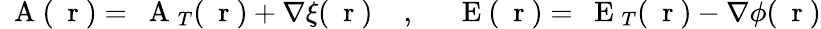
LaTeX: \mathrm{~\mathbf~A~}(\mathrm{~\mathbf~r~})=\mathrm{~\mathbf~A~}_{T}(\mathrm{~\mathbf~r~})+\nabla\xi(\mathrm{~\mathbf~r~})\; \; \; \; ,\; \; \; \; \mathrm{~\mathbf~E~}(\mathrm{~\mathbf~r~})=\mathrm{~\mathbf~E~}_{T}(\mathrm{~\mathbf~r~})-\nabla\phi(\mathrm{~\mathbf~r~})